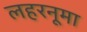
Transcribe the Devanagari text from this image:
लहरनूमा